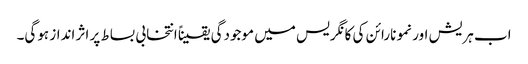
اب ہریش اور نمو نارائن کی کانگریس میں موجودگی یقیناً انتخابی بساط پر اثر انداز ہوگی۔